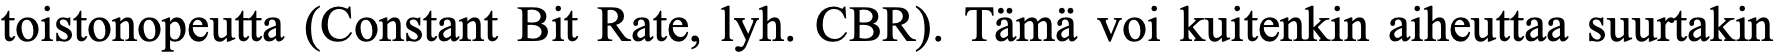
toistonopeutta (Constant Bit Rate, lyh. CBR). Tämä voi kuitenkin aiheuttaa suurtakin